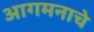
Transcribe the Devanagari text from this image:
आगमनाचे